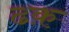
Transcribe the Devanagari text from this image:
ढक़